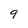
Character: 9